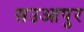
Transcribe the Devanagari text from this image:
सउआपुर